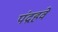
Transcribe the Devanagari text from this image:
पंद्रहवे